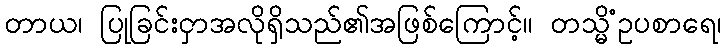
တာယ၊ ပြုခြင်းငှာအလိုရှိသည်၏အဖြစ်ကြောင့်။ တသ္မိံဥပစာရေ၊